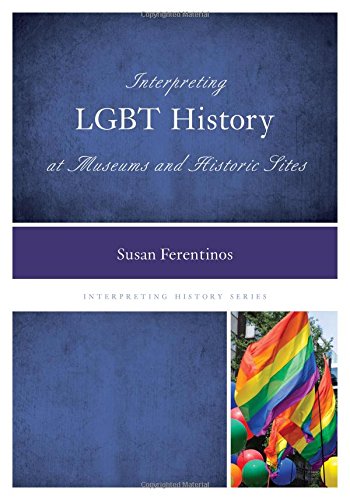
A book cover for Interpreting LGBT History at Museums and Historic Sites (Interpreting History); Susan Ferentinos; Gay & Lesbian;